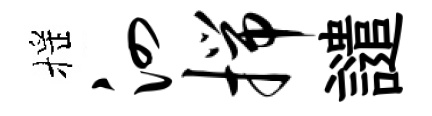
摇泗揣譴